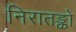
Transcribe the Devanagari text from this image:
निरातङ्को